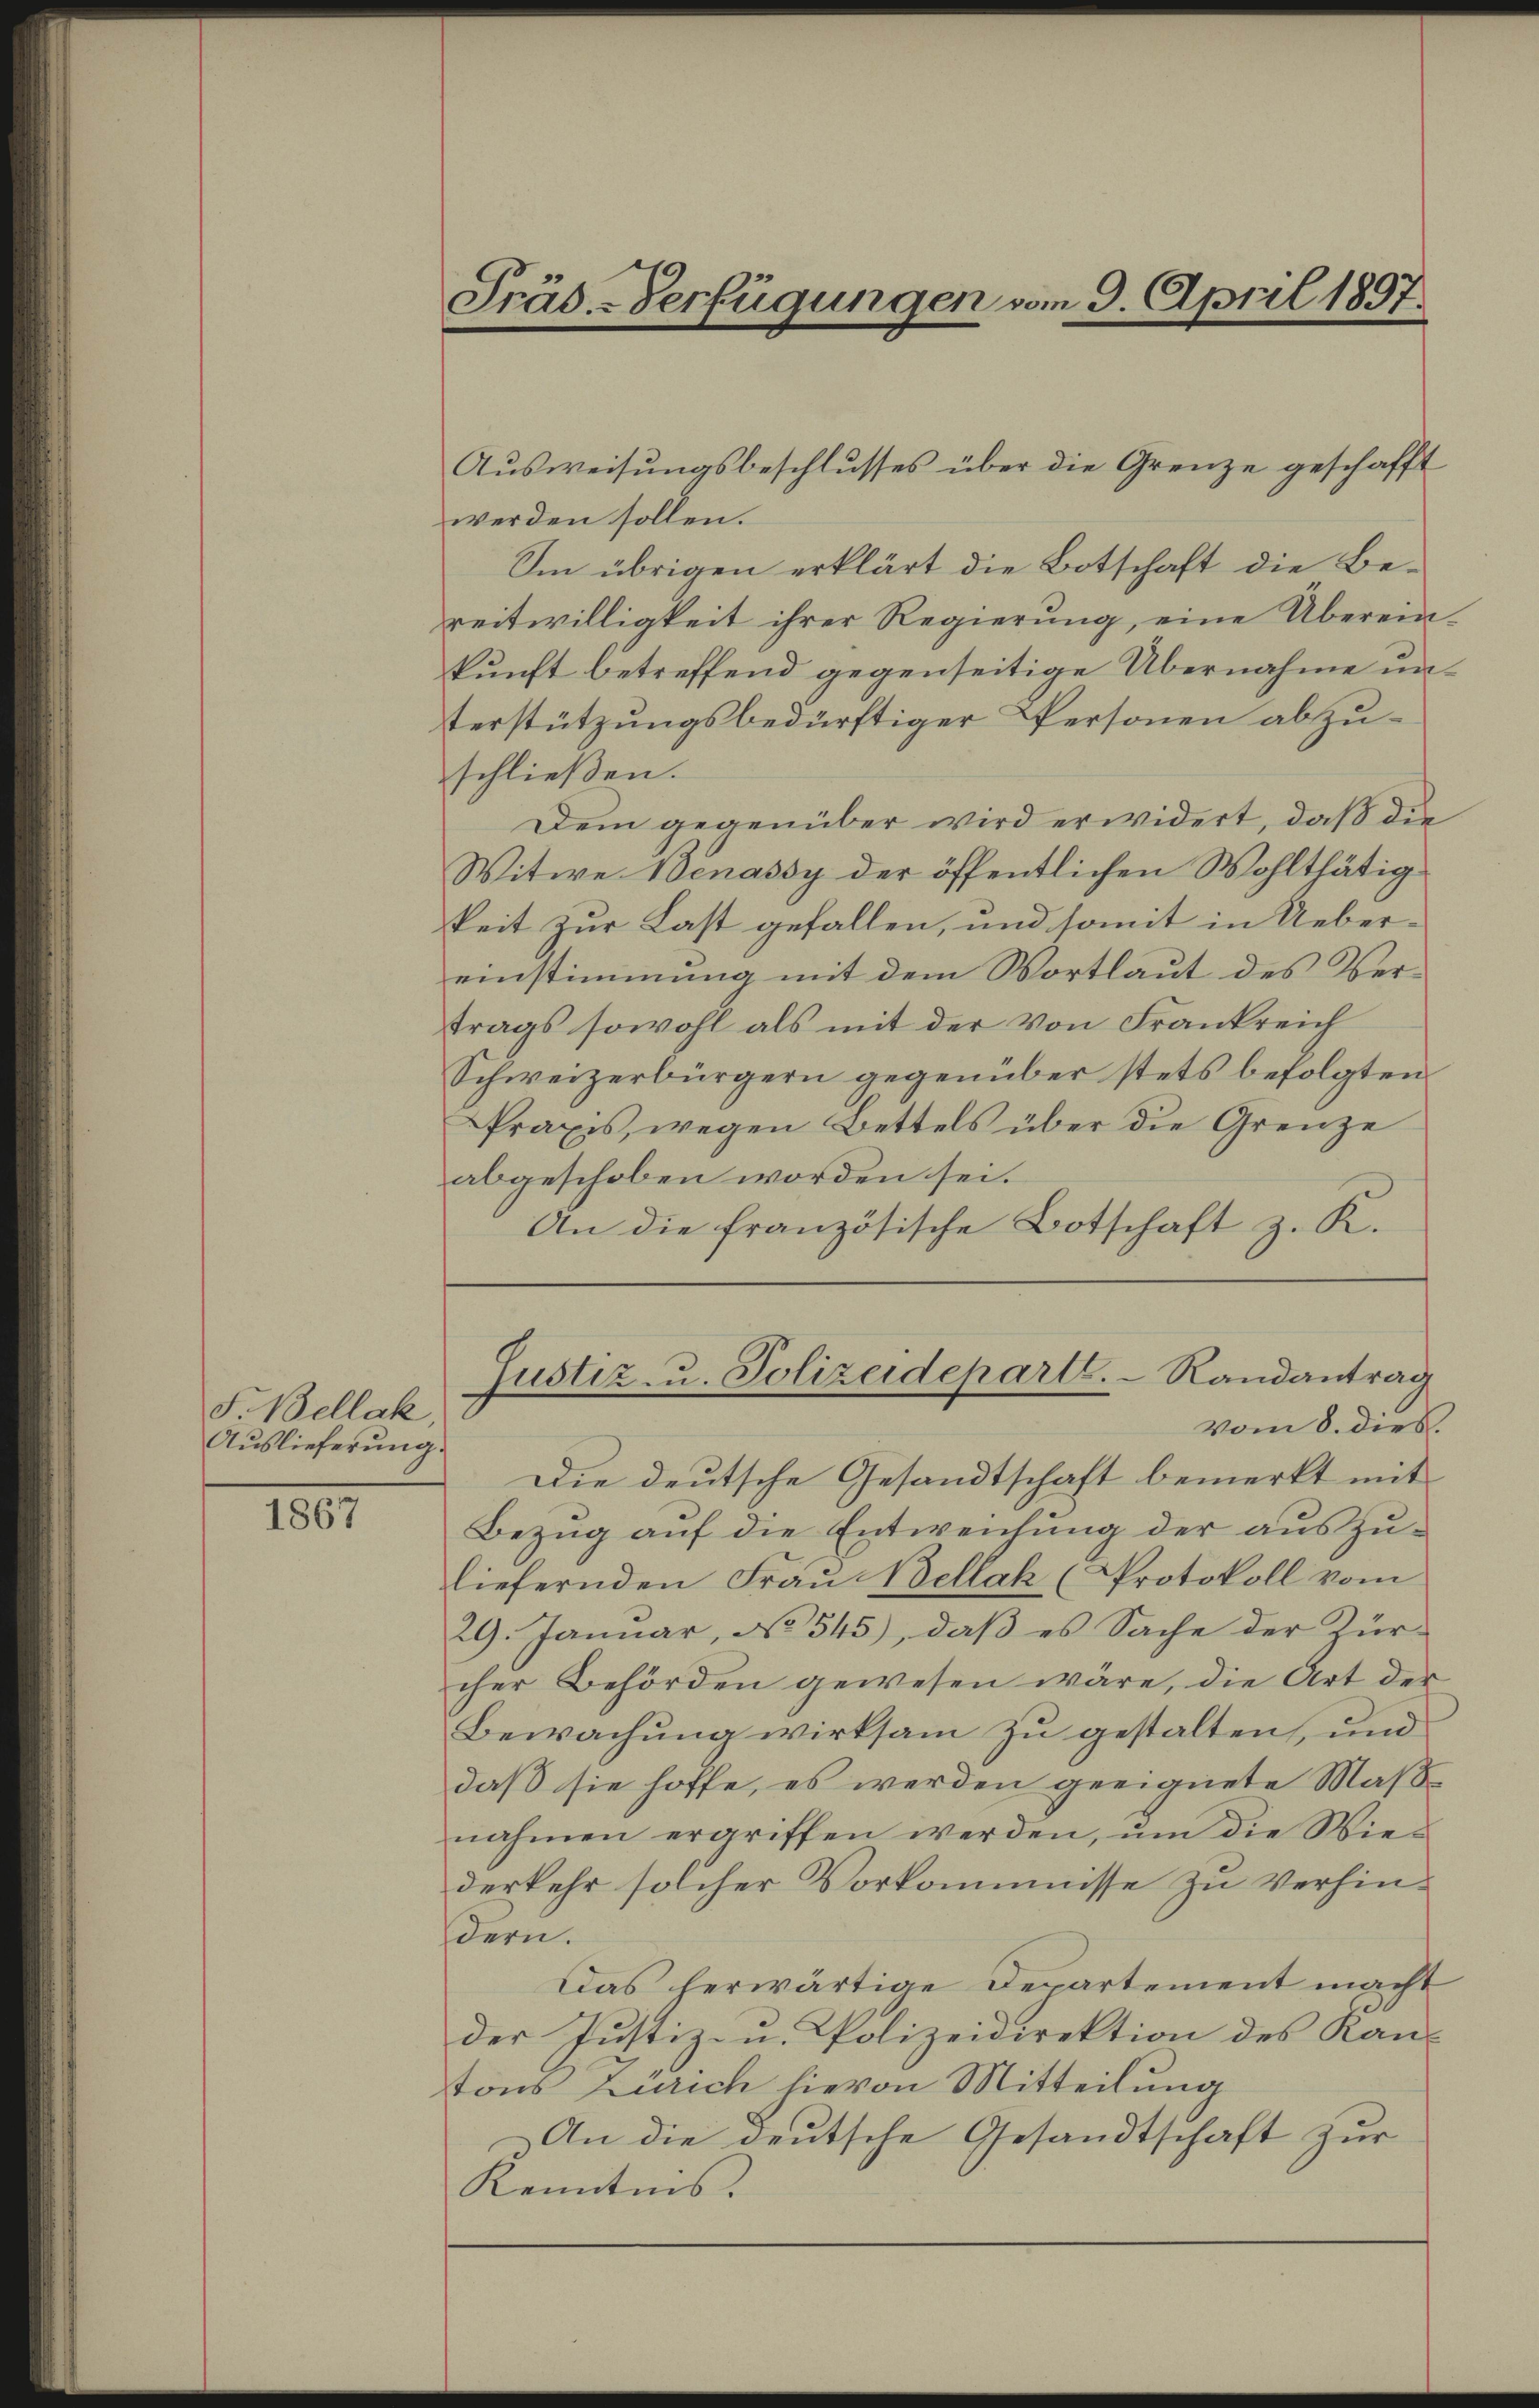
F. Bellak
Auslieferung.

1867

Präs.-Verfügungen vom 9. April 1897.

werden sollen.
Im übrigen erklärt die Botschaft die Bereitwilligkeit ihrer Regierung, eine Übereinkunft betreffend gegenseitige Übernahme unterstützungsbedürftiger Personen abzuschließen.
Dem gegenüber wird erwidert, daß die
Witwe Benassy der öffentlichen Wohlthätigkeit zur Last gefallen, und somit in Uebereinstimmung mit dem Wortlaut des Vertrags sowohl als mit der von Frankreich
Schweizerbürgern gegenüber stets befolgten
Praxis, wegen Bettels über die Grenze
abgeschoben worden sei.
An die französische Botschaft z. K.

Ausweisungsbeschlusses über die Grenze geschafft

Justiz- u. Polizeidepartl. Randantrag

vom 8. dies.
Die deutsche Gesandtschaft bemerkt mit
Bezug auf die Entweichung der auszuliefernden Frau Bellak (Protokoll vom
29. Januar, No 345), daβ es Sache der Zür-
cher Behörden gewesen wäre, die Art der
Bewachung wirksam zu gestalten, und
daß sie hoffe, es werden geeignete Maßnahmen ergriffen werden, ŭm die Wies
derkehr solcher Vorkommisse zu Verhindern.
Das herwärtige Departement macht
der Justiz- u. Polizeidirektion des Kan-
tons Zürich hievon Mitteilung
An die deutsche Gesandtschaft zur
Kenntnis.